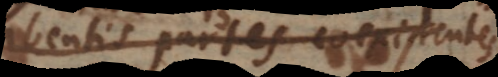
habens partes coexistentes.